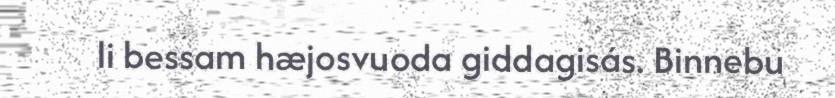
li bessam hæjosvuoda giddagisás. Binnebu